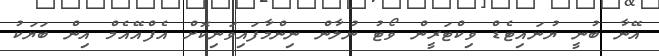
އޭނާ ބުނީ ޔުނައިޓެޑް ވިކްޓަރީން ވޯޓު ނުލާން ނިންމާފައިވަނިކޮށް އެފްއޭއެމް އިން ބަޔަކު